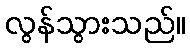
လွန်သွားသည်။